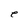
Character: e